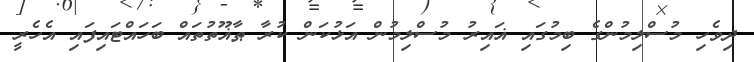
ދިވެހި މުސްލިމުންގެ ބިމުގައި ޣައިރު މުސްލިމުން އަޅުކަން ކުރާ ޠާޣޫތުތައް ބަހައްޓައިފައި އެހެރީ